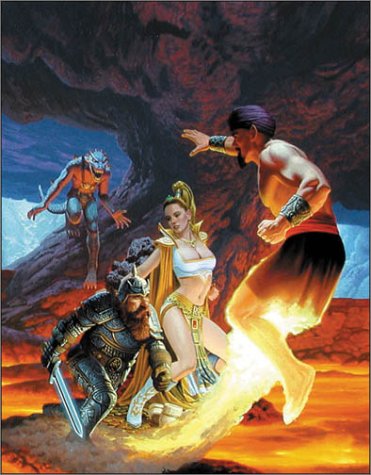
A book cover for EverQuest Player's Handbook (EverQuest Role-Playing Game); Stewart Wieck; Science Fiction & Fantasy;